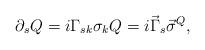
LaTeX: \begin{align*}\partial_s Q = i \Gamma_{sk} \sigma_k Q = i \vec{\Gamma}_s \vec{\sigma}^Q ,\end{align*}